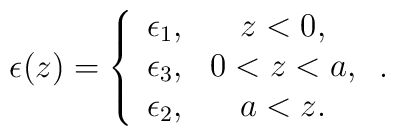
\epsilon(z)=\left\{\begin{array}{cc}\epsilon_1,&z<0,\\\epsilon_3,&0<z<a,\\\epsilon_2,&a<z.\end{array}\right..